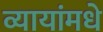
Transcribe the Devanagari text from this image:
व्यायांमधे